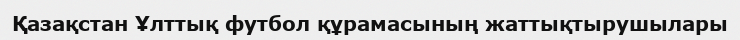
Қазақстан Ұлттық футбол құрамасының жаттықтырушылары